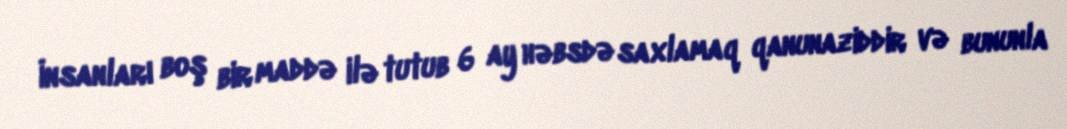
İnsanları boş bir maddə ilə tutub 6 ay həbsdə saxlamaq qanunaziddir və bununla